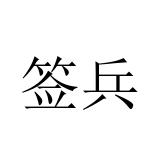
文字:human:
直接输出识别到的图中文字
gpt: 签兵